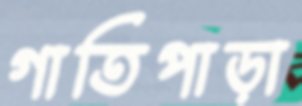
গাতিপাড়া